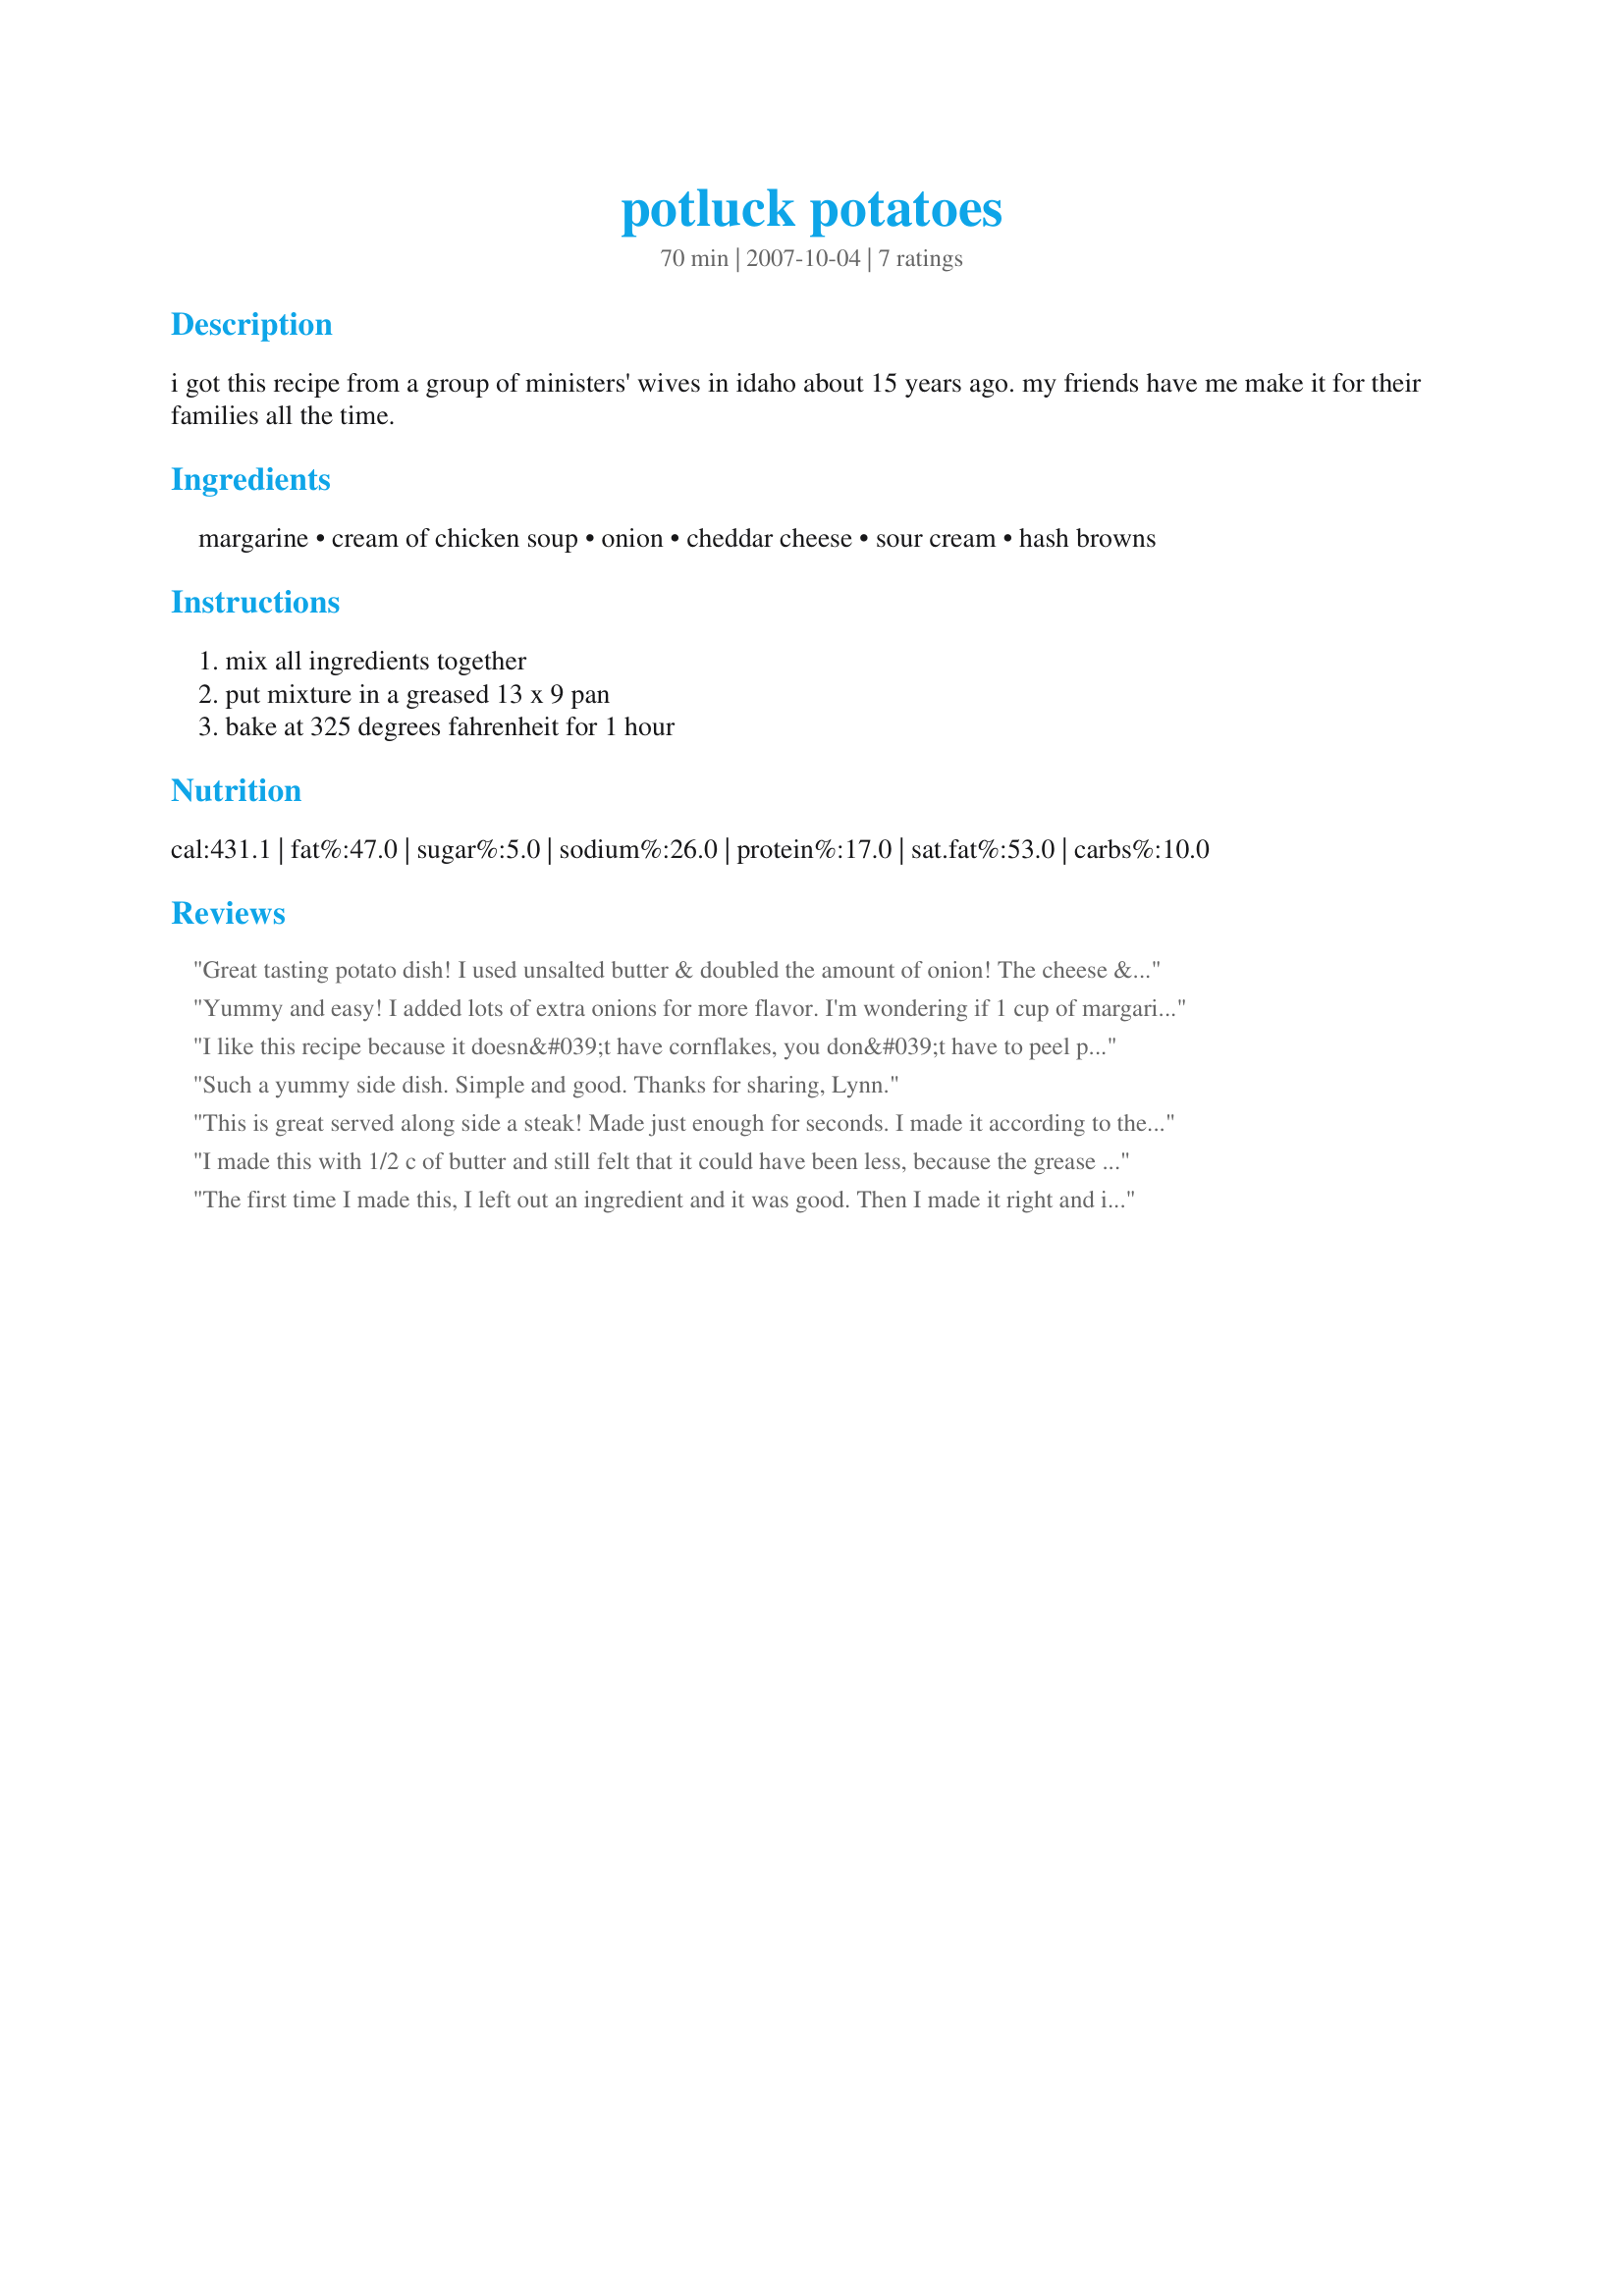
potluck potatoes
Preparation time: 70 minutes

i got this recipe from a group of ministers' wives in idaho about 15 years ago. my friends have me make it for their families all the time.

Ingredients:
margarine, cream of chicken soup, onion, cheddar cheese, sour cream, hash browns

Steps:
mix all ingredients together, put mixture in a greased 13 x 9 pan, bake at 325 degrees fahrenheit for 1 hour

Reviews:
Great tasting potato dish! I used unsalted butter & doubled the amount of onion! The cheese & sour cream were very nice with the hash browns & I'll definitely be making this again! Thanks for posting! [Tagged, made & reviewed in Please Review My Recipe]
Yummy and easy! I added lots of extra onions for more flavor. I'm wondering if 1 cup of margarine is an error? 1 up of butter/margarine is 2 sticks. I only used 1/2 cup (1 stick) and it was plenty. There was still butter floating on top. 1 cup would be way too greasy. Great potluck recipe. Thanx !
I like this recipe because it doesn&#039;t have cornflakes, you don&#039;t have to peel potatoes, and it is so simple to make. I too used unsalted butter. I made it without onions once because one of the guests couldn&#039;t eat onions. This is great with ham--either baked ham or ham slices on the grill.
Such a yummy side dish. Simple and good. Thanks for sharing, Lynn.
This is great served along side a steak! Made just enough for seconds. I made it according to the recipe except added more onions and a dash of ground red pepper. It's a *Keeper* will make again and again. Thanks for sharing ~V
I made this with 1/2 c of butter and still felt that it could have been less, because the grease pooled on the top for me. I really liked the flavor and will make it again. I will probably use 1/4 c of butter and will cook the hash browns before I mix it together. I had frozen hash browns and the moisture made it a little bit mushier. I have no doubt that this will be delicious next time. I'll probably also cook it longer, because I like it when the cheese browns. Thanks for the recipe!
The first time I made this, I left out an ingredient and it was good. Then I made it right and it was even better, creamier. My husband and son loved it! One change I made the second time was to reduce by half the amount of butter - the first time I made it the butter puddled on the plate - which may have been due to the missing ingredient. But I will certainly make it again - it was very easy.
